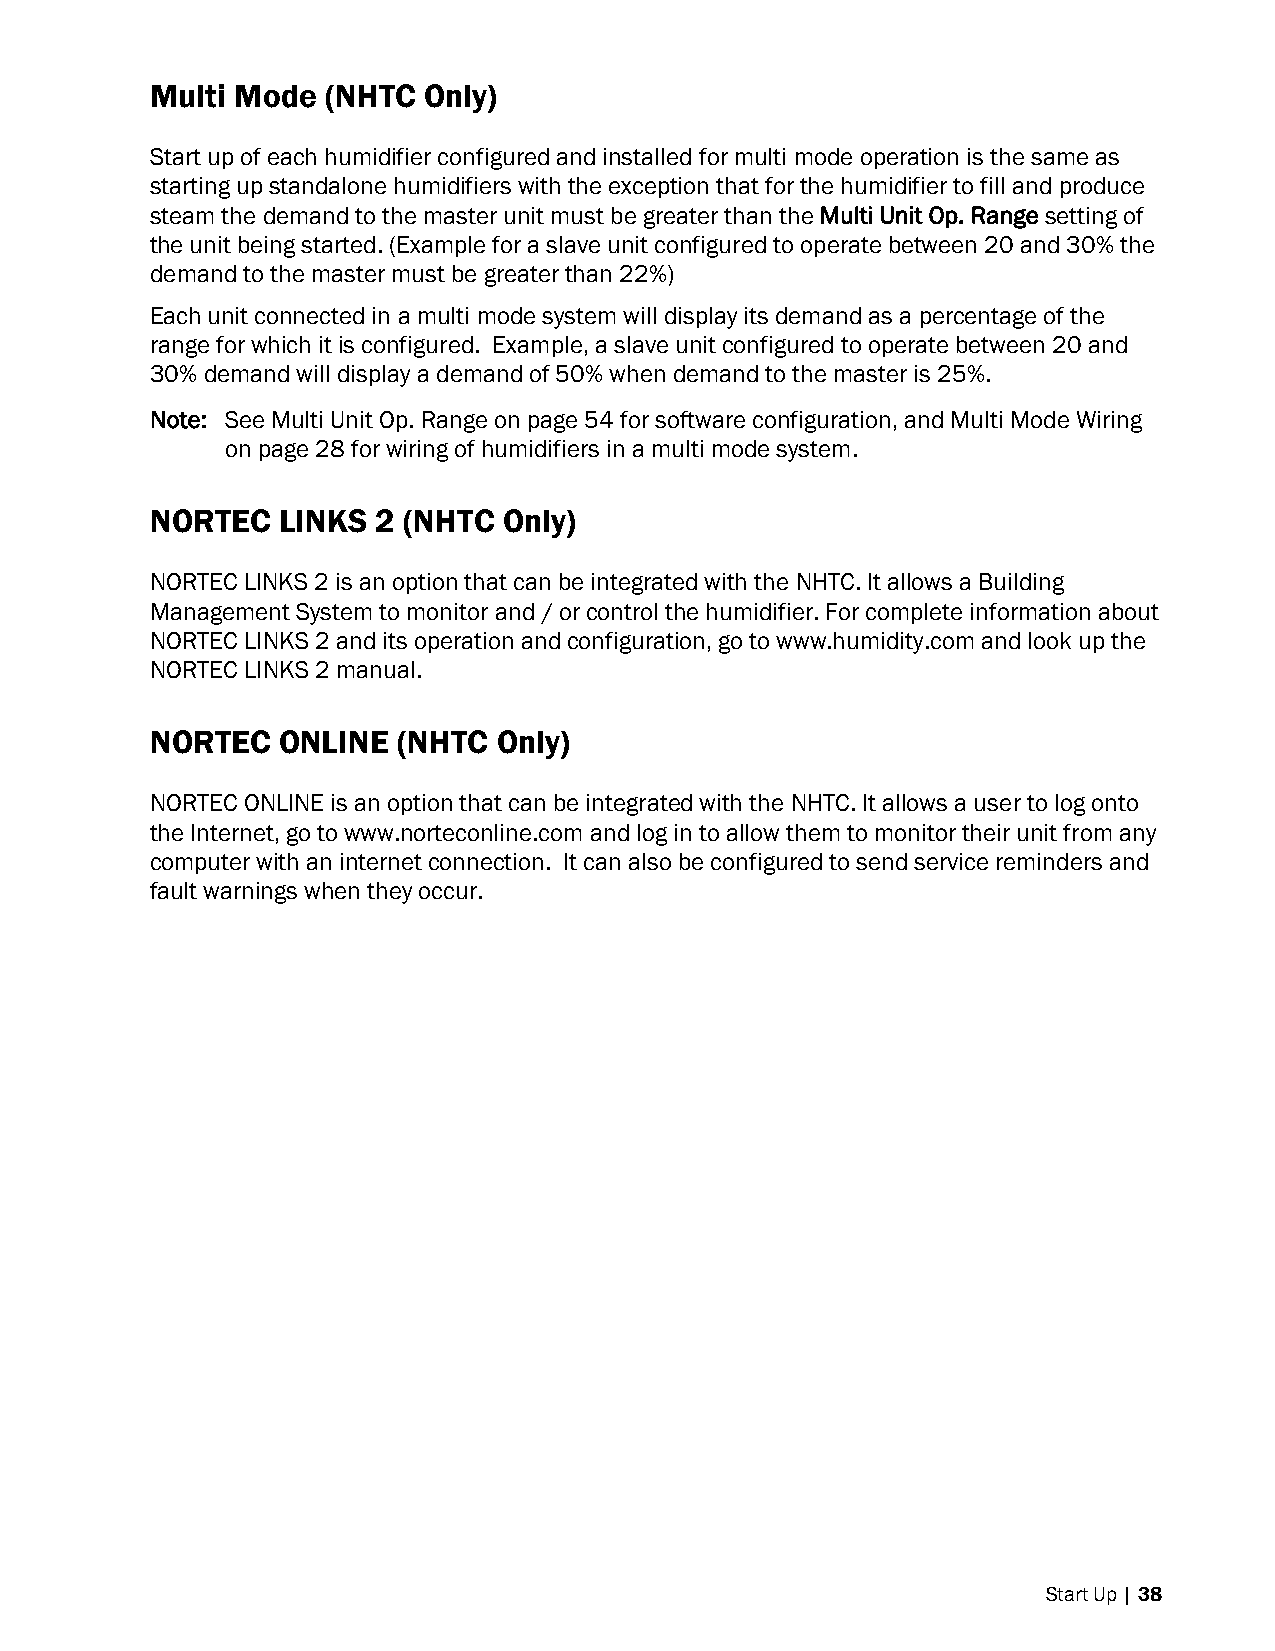
Multi Mode  (NHTC Only)
 Start up of each humidifier configured and installed for multi mode operation is the same as
 starting up standalone humidifiers with the exception that for the humidifier to fill and produce
 steam the demand to the master unit must be greater than the Multi Unit Op. Range setting of
 the unit being started. (Example for a slave unit configured to operate between 20 and 30% the
 demand to the master must be greater than 22%)
 Each unit connected in a multi mode system will display its demand as a percentage of the
 range for which it is configured. Example, a slave unit configured to operate between 20 and
 30% demand will display a demand of 50% when demand to the master is 25%.
 Note: See Multi Unit Op. Range on page 54 for software configuration, and Multi Mode Wiring
 on page 28 for wiring of humidifiers in a multi mode system.
 NORTEC   LINKS 2 (NHTC Only)
 NORTEC LINKS 2 is an option that can be integrated with the NHTC. It allows a Building
 Management System to monitor and / or control the humidifier. For complete information about
 NORTEC LINKS 2 and its operation and configuration, go to www.humidity.com and look up the
 NORTEC LINKS 2 manual.
 NORTEC   ONLINE (NHTC  Only)
 NORTEC ONLINE is an option that can be integrated with the NHTC. It allows a user to log onto
 the Internet, go to www.norteconline.com and log in to allow them to monitor their unit from any
 computer with an internet connection. It can also be configured to send service reminders and
 fault warnings when they occur.
 Start Up | 38